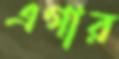
এগার